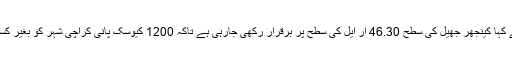
اسپیشل سیکریٹری اسلم ساریو نے کہا کینجھر جھیل کی سطح 46.30 آر ایل کی سطح پر برقرار رکھی جارہی ہے تاکہ 1200 کیوسک پانی کراچی شہر کو بغیر کسی مسئلے کے فراہم کیا جاسکے۔